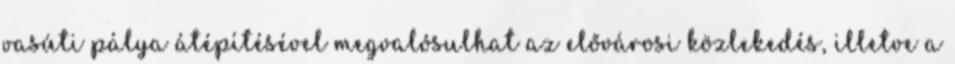
vasúti pálya átépítésével megvalósulhat az elővárosi közlekedés, illetve a